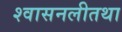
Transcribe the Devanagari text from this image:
श्वासनलीतथा